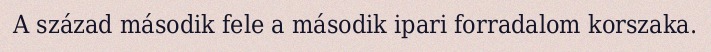
A század második fele a második ipari forradalom korszaka.